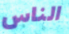
الناس